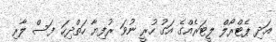
އަދި ޕެޓްރޯލް ލީޓަރެއްގެ އަގު ހުރީ ނުވަ ރުފިޔާ ހަތްދިހަ ފަސް ލާރި